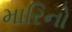
મારિનો